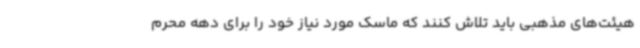
هیئت‌های مذهبی باید تلاش کنند که ماسک مورد نیاز خود را برای دهه محرم